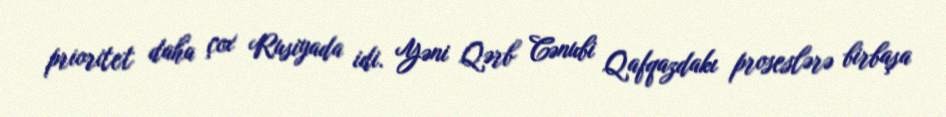
prioritet daha çox Rusiyada idi. Yəni Qərb Cənubi Qafqazdakı proseslərə birbaşa